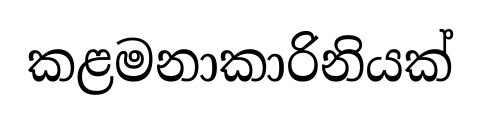
කළමනාකාරිනියක්